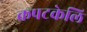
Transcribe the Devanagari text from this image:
कपटकेलि